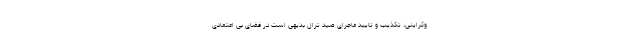
وکراینی، تکذیب و تایید ماجرای صید ترال بدیهی است در فضای بی اعتمادی